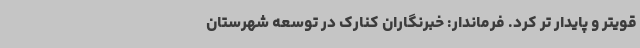
قویتر و پایدار تر کرد. فرماندار: خبرنگاران کنارک در توسعه شهرستان